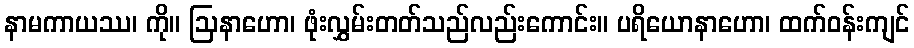
နာမကာယဿ၊ ကို။ ဩနာဟော၊ ဖုံးလွှမ်းတတ်သည်လည်းကောင်း။ ပရိယောနာဟော၊ ထက်ဝန်းကျင်